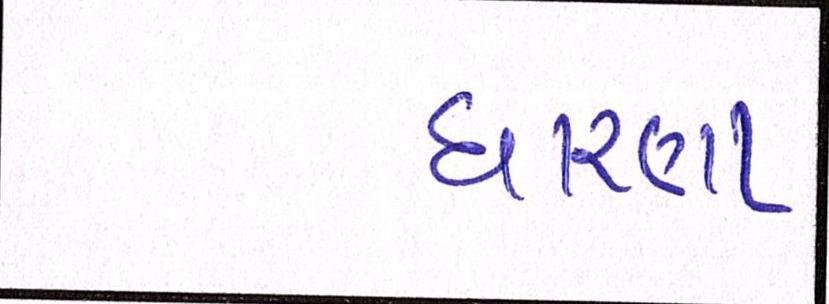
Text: ધારણા